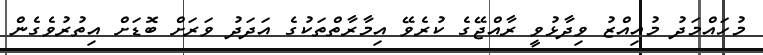
މުހައްމަދު މުއިއްޒު ވިދާޅުވީ ރާއްޖޭގެ ކުރެވޭ އިމާރާތްތަކުގެ އަދަދު ވަރަށް ބޮޑަށް އިތުރުވެގެން